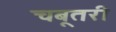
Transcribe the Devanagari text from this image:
चबूतरी